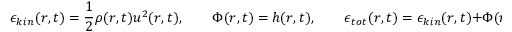
\epsilon _ { k i n } ( r , t ) = \frac { 1 } { 2 } \rho ( r , t ) u ^ { 2 } ( r , t ) , \qquad \Phi ( r , t ) = h ( r , t ) , \qquad \epsilon _ { t o t } ( r , t ) = \epsilon _ { k i n } ( r , t ) + \Phi ( r , t ) .